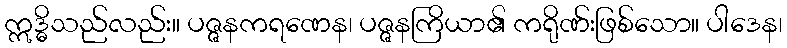
ဣဒ္ဓိသည်လည်း။ ပဇ္ဇနကရဏေန၊ ပဇ္ဇနကြိယာ၏ ကရိုဏ်းဖြစ်သော။ ပါဒေန၊